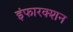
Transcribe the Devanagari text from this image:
इंफारक्शन